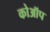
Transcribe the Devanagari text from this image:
कोऑप